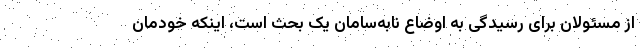
از مسئولان برای رسیدگی به اوضاع نابه‌سامان یک بحث است، اینکه خودمان